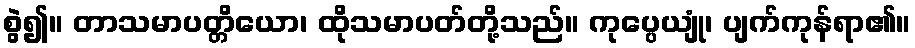
စွဲ၍။ တာသမာပတ္တိယော၊ ထိုသမာပတ်တို့သည်။ ကုပ္ပေယျုံ၊ ပျက်ကုန်ရာ၏။